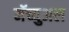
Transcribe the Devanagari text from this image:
मॅच्युअल